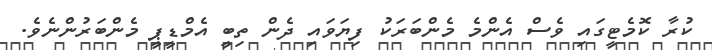
ކުރާ ކޮމެޓީގައި ވެސް އެންމެ މެންބަރަކު ފިޔަވައި ދެން ތިބީ އެމްޑީޕީ މެންބަރުންނެވެ.